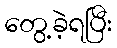
တွေ့ခဲ့ရပြီး